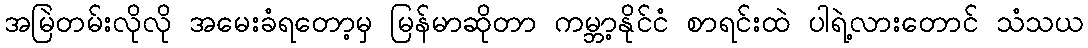
အမြဲတမ်းလိုလို အမေးခံရတော့မှ မြန်မာဆိုတာ ကမ္ဘာ့နိုင်ငံ စာရင်းထဲ ပါရဲ့လားတောင် သံသယ